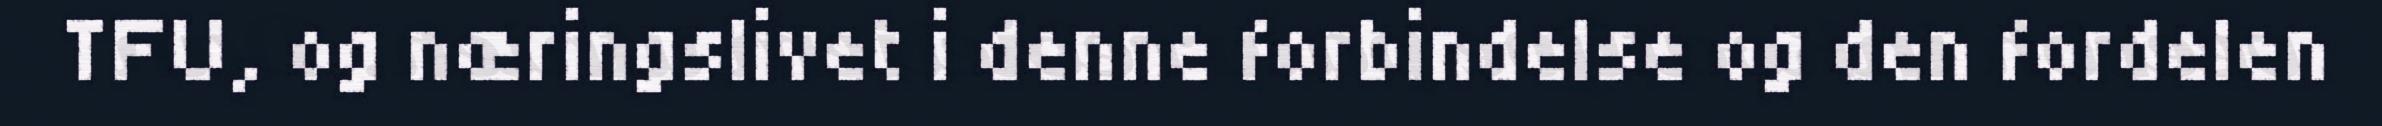
TFU, og næringslivet i denne forbindelse og den fordelen